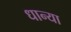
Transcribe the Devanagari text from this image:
धान्या